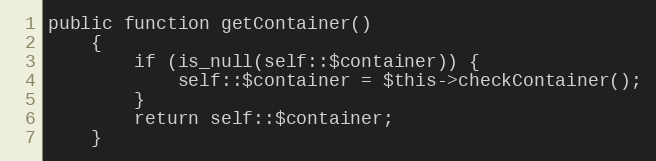
Language: PHP
public function getContainer()
    {
        if (is_null(self::$container)) {
            self::$container = $this->checkContainer();
        }
        return self::$container;
    }